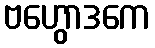
ဗဟွောဒကေ